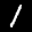
Label: 1